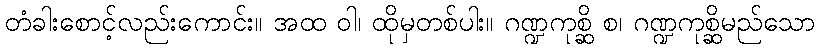
တံခါးစောင့်လည်းကောင်း။ အထ ဝါ၊ ထိုမှတစ်ပါး။ ဂဏ္ဍကုစ္ဆိ စ၊ ဂဏ္ဍကုစ္ဆိမည်သော